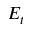
E _ { t }